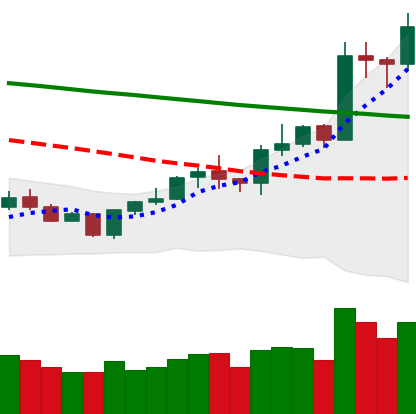
Ticker: LTC-USD
Chart end date: 2020-01-17
Forward return: -5.094%
Label: down_5_7